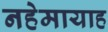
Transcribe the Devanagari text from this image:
नहेमायाह